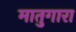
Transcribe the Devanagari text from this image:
मातुगारा